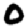
Digit: 0